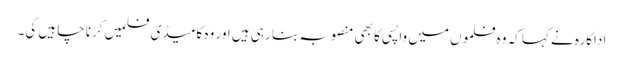
اداکارہ نے کہا کہ وہ فلموں میں واپسی کا بھی منصوبہ بنا رہی ہیں اور وہ کامیڈی فلمیں کرنا چاہیں گی۔